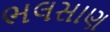
ભલસાણ